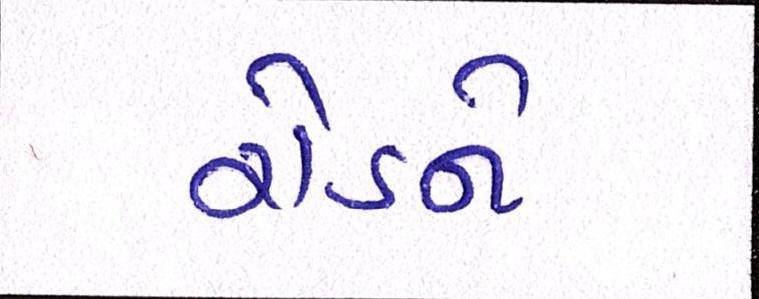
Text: રોડને